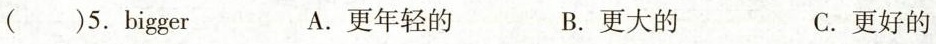
( )5. iger A. 更年轻的 B. 更大的 C. 更好的